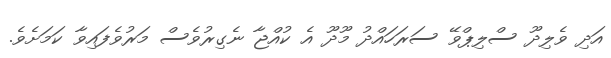
އަދި ވެލިދޫ ސްލިޕްވޭ ސަރަހައްދު މޫދޫ އެ ކުއްޖާ ނެގިރުވެސް މަރުވެފައިވާ ކަމަށެވެ.